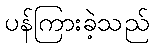
ပန်ကြားခဲ့သည်